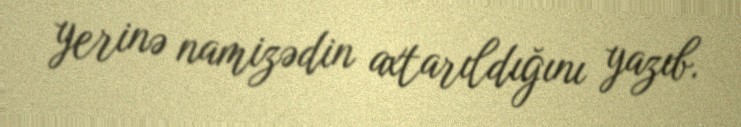
yerinə namizədin axtarıldığını yazıb.